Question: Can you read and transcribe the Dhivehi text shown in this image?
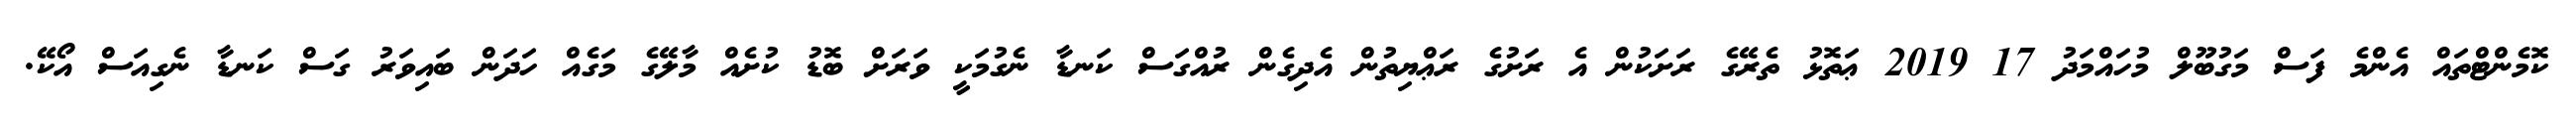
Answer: ކޮމެންޓްތައް އެންމެ ފަސް މަގުބޫލް މުހައްމަދު 17 2019 ޢަތޮޅު ތެރޭގެ ރަށަކުން އެ ރަށުގެ ރަޢްޔިތުން އެދިގެން ރުއްގަސް ކަނޑާ ނެގުމަކީ ވަރަށް ބޮޑު ކުށެއް މާލޭގެ މަގެއް ހަދަން ބައިވަރު ގަސް ކަނޑާ ނެގިއަސް އޯކޭ.